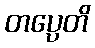
တပ္ပေတိ